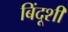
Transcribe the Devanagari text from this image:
बिंदूशी